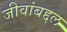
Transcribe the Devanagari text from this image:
जीवांबद्दल